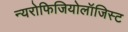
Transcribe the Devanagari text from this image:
न्यरोफिजियोलॉजिस्ट